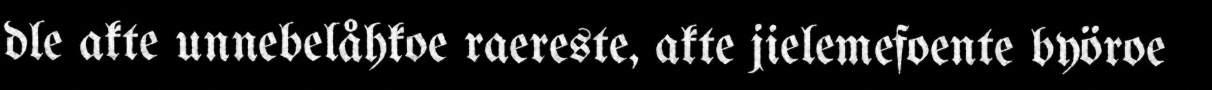
dle akte unnebelåhkoe raereste, akte jielemefoente byöroe